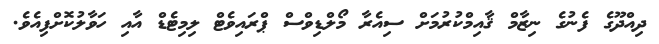
ދިއްދޫގެ ފެނުގެ ނިޒާމް ޤާއިމްކުރުމަށް ސިއެރާ މޯލްޑިވްސް ޕްރައިވެޓް ލިމިޓެޑް އާއި ހަވާލުކޮށްފިއެވެ.